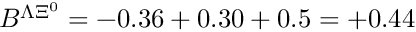
B ^ { \Lambda \Xi ^ { 0 } } = - 0 . 3 6 + 0 . 3 0 + 0 . 5 = + 0 . 4 4